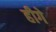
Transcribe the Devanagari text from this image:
हीगे